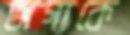
জগাকে